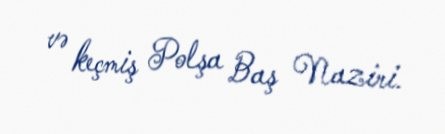
və keçmiş Polşa Baş Naziri.